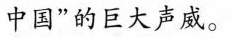
中国”的巨大声威。